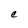
Character: C